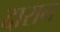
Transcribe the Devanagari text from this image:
दारान